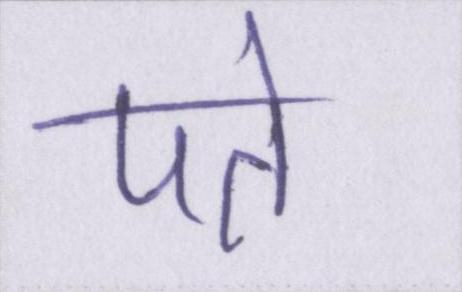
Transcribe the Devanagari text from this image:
पते